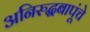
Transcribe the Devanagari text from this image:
अनिरुद्धबापूंचे